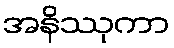
အနိဿုကာ